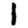
Digit: 1